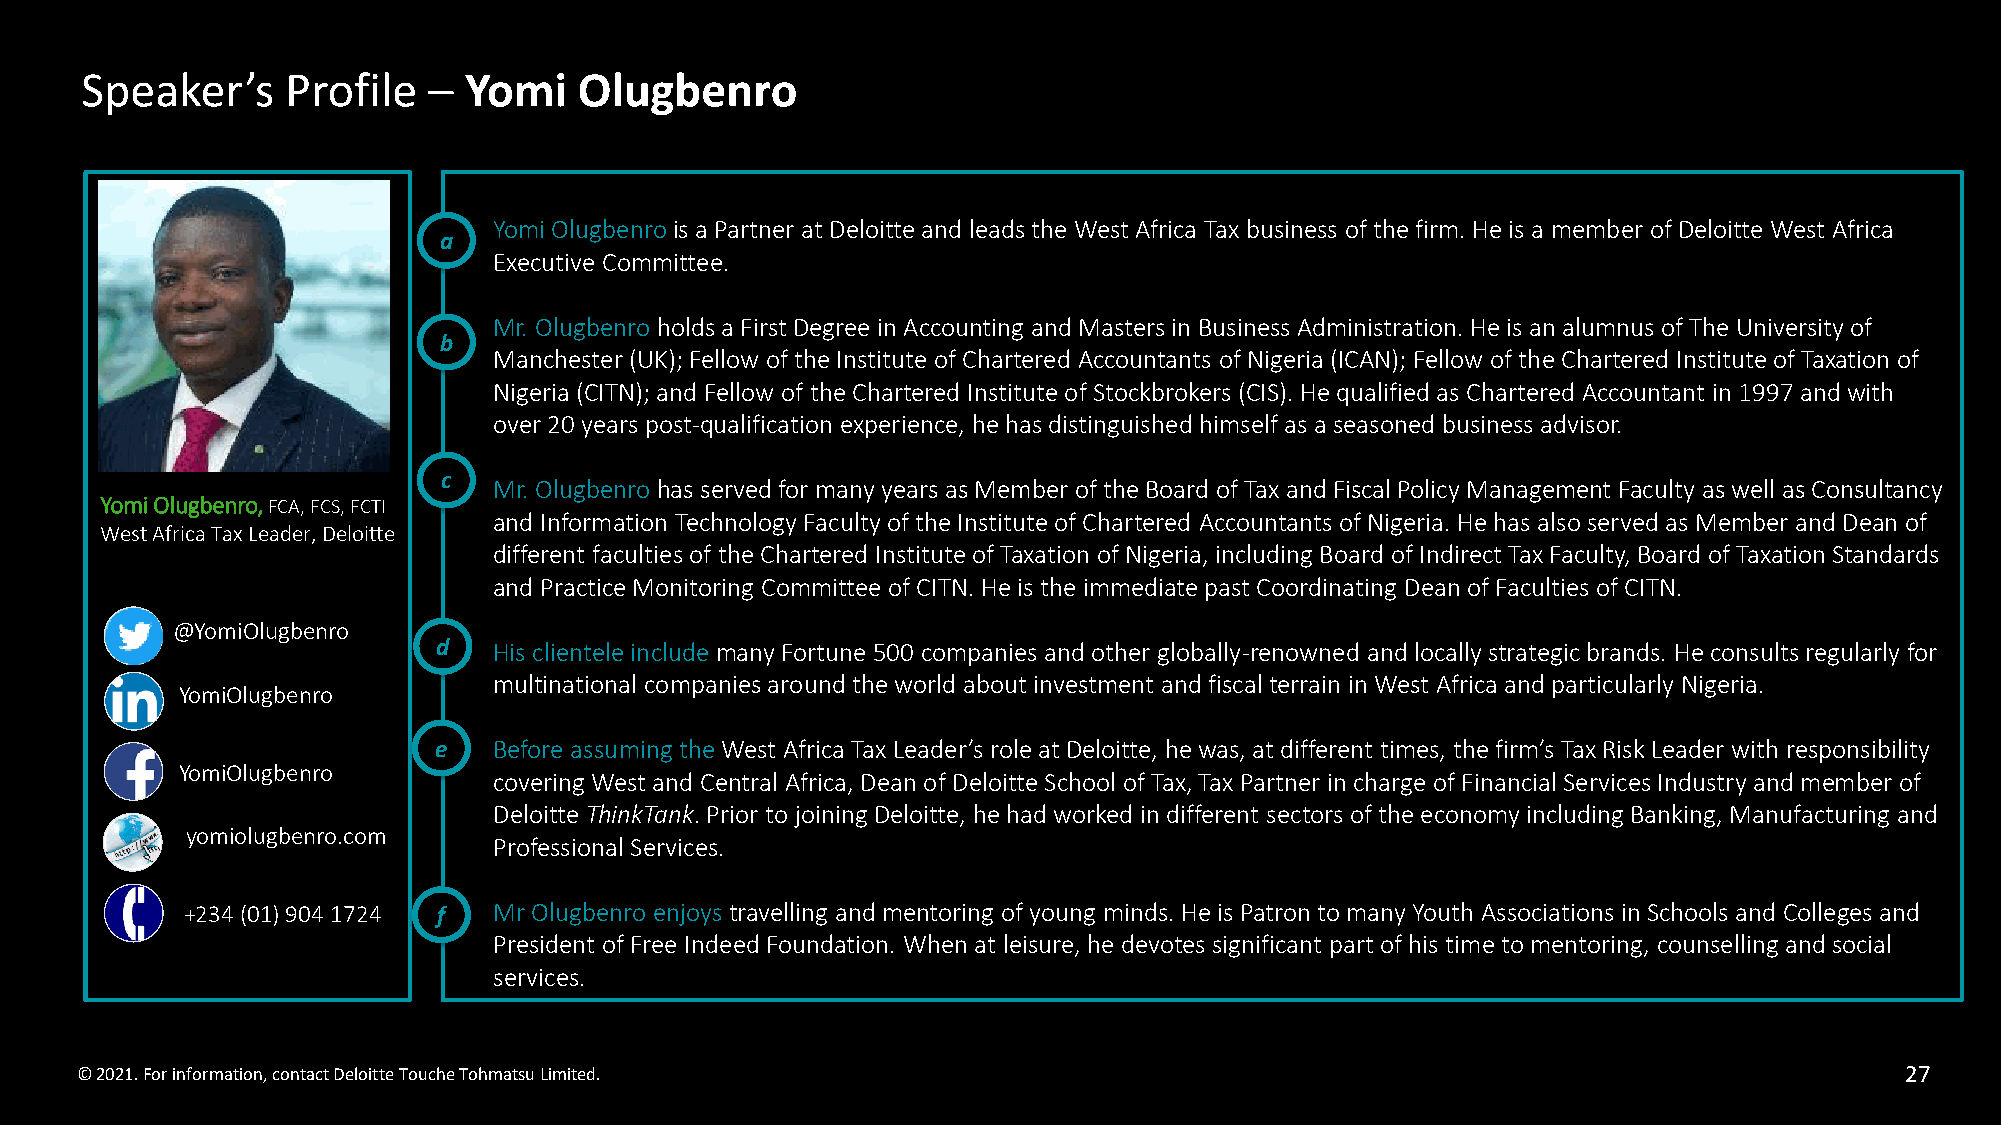
Speaker’s     Profile  –  Yomi   Olugbenro
 Yomi Olugbenro is a Partner at Deloitte and leads the West Africa Tax business of the firm. He is a member of Deloitte West Africa
 a
 Executive Committee.
 Mr. Olugbenro holds a First Degree in Accounting and Masters in Business Administration. He is an alumnus of The University of
 b
 Manchester (UK); Fellow of the Institute of Chartered Accountants of Nigeria (ICAN); Fellow of the Chartered Institute of Taxation of
 Nigeria (CITN); and Fellow of the Chartered Institute of Stockbrokers (CIS). He qualified as Chartered Accountant in 1997 andwith
 over 20 years post-qualification experience, he has distinguished himself as a seasoned business advisor.
 c
 Mr. Olugbenro has served for many years as Member of the Board of Tax and Fiscal Policy Management Faculty as well as Consultancy
 Yomi Olugbenro, FCA, FCS, FCTI
 and Information Technology Faculty of the Institute of Chartered Accountants of Nigeria. He has also served as Member and Dean of
 West Africa Tax Leader, Deloitte
 different faculties of the Chartered Institute of Taxation of Nigeria, including Board of Indirect Tax Faculty, Board of Taxation Standards
 and Practice Monitoring Committee of CITN. He is the immediate past Coordinating Dean of Faculties of CITN.
 @YomiOlugbenro
 d   His clientele include many Fortune 500 companies and other globally-renowned and locally strategic brands. He consults regularly for
 multinational companies around the world about investment and fiscal terrain in West Africa and particularly Nigeria.
 YomiOlugbenro
 e   Before assuming the West Africa Tax Leader’s role at Deloitte, he was, at different times, the firm’s Tax Risk Leader with responsibility
 YomiOlugbenro
 covering West and Central Africa, Dean of Deloitte School of Tax, Tax Partner in charge of Financial Services Industry and member of
 Deloitte ThinkTank. Prior to joining Deloitte, he had worked in different sectors of the economy including Banking, Manufacturing and
 yomiolugbenro.com
 Professional Services.
 +234 (01) 904 1724 f Mr Olugbenro enjoys travelling and mentoring of young minds. He is Patron to many Youth Associations in Schools and Colleges and
 President of Free Indeed Foundation. When at leisure, he devotes significant part of his time to mentoring, counselling and social
 services.
 © 2021. For information, contact Deloitte ToucheTohmatsu Limited.                                                        27